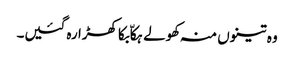
وہ تینوں منہ کھولے ہکاّ بکا کھڑا رہ گئیں۔